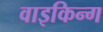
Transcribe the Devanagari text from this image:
वाइकिन्ग